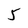
Character: 5